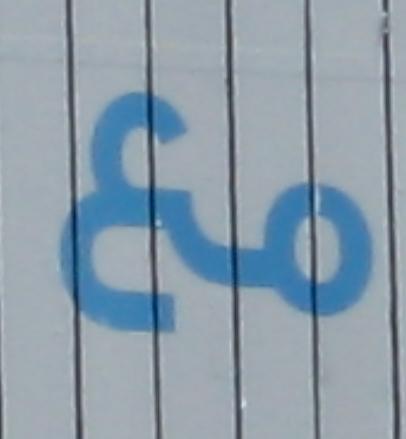
م